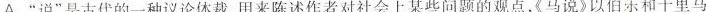
8.下列说法不符合文意的一项是( )